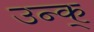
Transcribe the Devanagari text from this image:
उन्क्